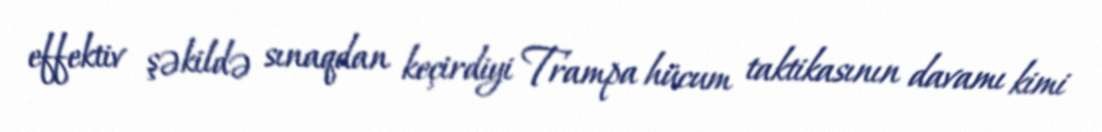
effektiv şəkildə sınaqdan keçirdiyi Trampa hücum taktikasının davamı kimi